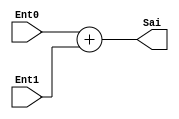
module AdderBranch(input [7:0] Ent0, Ent1,
					output[7:0] Sai);			
	assign Sai = Ent0 + Ent1;
endmodule